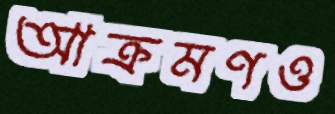
আক্রমণও